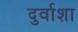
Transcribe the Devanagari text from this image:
दुर्वाशा